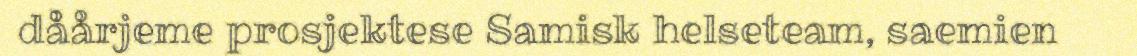
dåårjeme prosjektese Samisk helseteam, saemien